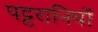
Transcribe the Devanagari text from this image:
पट्टरानियों